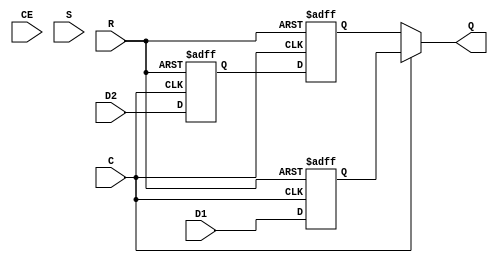
/*WARNING: ONLY SAME EDGE SUPPORTED FOR NOW*/
//D1,D2 sampled on rising edge of C 
module ODDR (/*AUTOARG*/
   // Outputs
   Q,
   // Inputs
   C, CE, D1, D2, R, S
   );

   parameter DDR_CLK_EDGE=0; //clock recovery mode
   parameter INIT=0; //Q init value
   parameter SRTYPE=0;//"SYNC", "ASYNC"
   
   input  C;    // Clock input
   input  CE;   // Clock enable input
   input  D1;   // Data input1
   input  D2;   // Data input2
   input  R;    // Reset (depends on SRTYPE)
   input  S;    // Active high asynchronous pin
   output Q;    // Data Output that connects to the IOB pad

   reg 	  Q1,Q2;
   reg 	  Q2_reg;
   
   //Generate different logic based on parameters

   //Only doing same edge and async reset for now   
   
   always @ (posedge C or posedge R)
     if (R)
       Q1 <= 1'b0;
     else
       Q1 <= D1;

   always @ (posedge C or posedge R)
     if (R)
       Q2 <= 1'b0;
     else
       Q2 <= D2;
  
   always @ (negedge C or posedge R)
     if (R)
       Q2_reg <= 1'b0;
     else
       Q2_reg <= Q2;

       
   assign Q = C ? Q1 : Q2_reg;
      
endmodule // ODDR